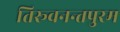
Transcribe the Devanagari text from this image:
तिरूवनन्तपुरम